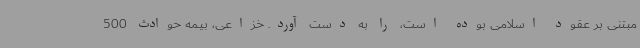
مبتنی بر عقود اسلامی بوده است، را به دست آورد. خزاعی، بیمه حوادث 500